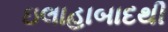
ઇલાહાબાદથી